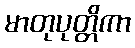
မာတုပုတ္တိကာ